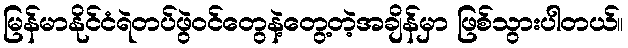
မြန်မာနိုင်ငံရဲတပ်ဖွဲဝင်တွေနဲ့တွေ့တဲ့အချိန်မှာ ဖြစ်သွားပါတယ်။